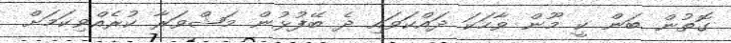
ގޮތުން ބަން ކީ މޫން ވާހަކަ ދައްކަވައި ދެ ބޭފުޅުން މަޝްވަރާ ކުރެއްވިކަމަށް